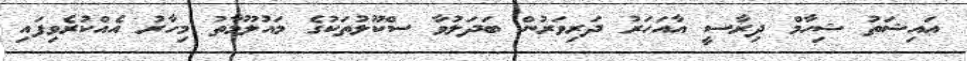
އައިޝަތު ޝިހާމް ދިރާސީ އާއަހަރު ދަރިވަރުން ބަދަލުވާ ސްކޫލުތަކުގެ މައުލޫމާތު މިހާރު އެއްކުރެވިފައި